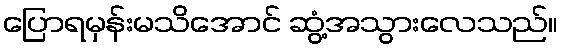
ပြောရမှန်းမသိအောင် ဆွံ့အသွားလေသည်။